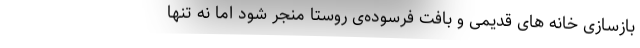
بازسازی خانه های قدیمی و بافت فرسوده‌ی روستا منجر شود اما نه تنها